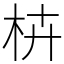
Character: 枿